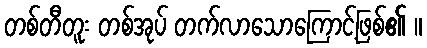
တစ်တီတူး တစ်အုပ် တက်လာသောကြောင့်ဖြစ်၏ ။